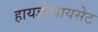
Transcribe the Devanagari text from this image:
हायड्रोलायसेट